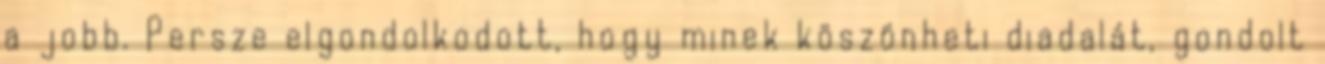
a jobb. Persze elgondolkodott, hogy minek köszönheti diadalát, gondolt